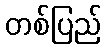
တစ်ပြည်